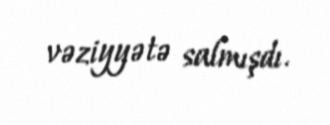
vəziyyətə salmışdı.